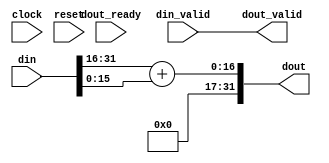
module dut(
	input clock, reset,
	input din_valid,
	input [31:0] din,
	input dout_ready,
	output dout_valid,
	output [31:0] dout
);
	assign dout_valid = din_valid;
	assign dout = din[31:16] + din[15:0];
endmodule